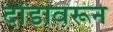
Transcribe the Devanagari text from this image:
दांडावरून